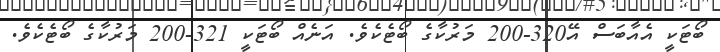
ބޯޓަކީ އެއާބަސް އޭ320-200 މަރުކާގެ ބޯޓެކެވެ. އަނެއް ބޯޓަކީ 321-200 މަރުކާގެ ބޯޓެކެވެ.